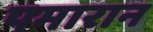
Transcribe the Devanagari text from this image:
पमारान